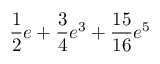
\frac { 1 } { 2 } e + \frac { 3 } { 4 } e ^ { 3 } + \frac { 1 5 } { 1 6 } e ^ { 5 }